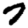
Digit: 7